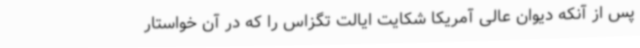
پس از آنکه دیوان عالی آمریکا شکایت ایالت تگزاس را که در آن خواستار